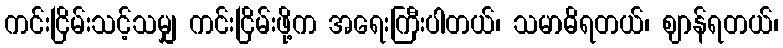
ကင်းငြိမ်းသင့်သမျှ ကင်းငြိမ်းဖို့က အရေးကြီးပါတယ်၊ သမာဓိရတယ်၊ ဈာန်ရတယ်၊